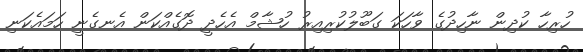
ހުރިހާ ކުދިން ނާހިދުގެ ވާހަކަ ގަބޫލުކުރިއިރު ހުޝާމް އެހެދީ ދޮގެއްކަން އެނގެނީ ހަމައެކަނި